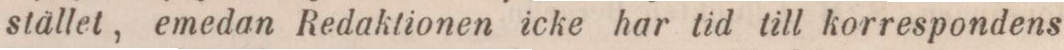
stället, emedan Redaktionen icke har tid till korrespondens